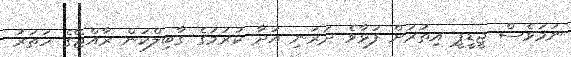
ނަމަވެސް ޖީޑީޕީ އިތުރަށް ފުޅާވެ ދަރަނި އަދާ ކުރުމުގެ ގާބިލްކަން ރާއްޖޭގެ ހަތަރު